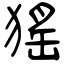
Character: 猺